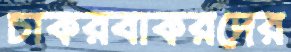
চাকরবাকরদের